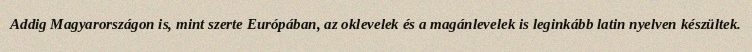
Addig Magyarországon is, mint szerte Európában, az oklevelek és a magánlevelek is leginkább latin nyelven készültek.